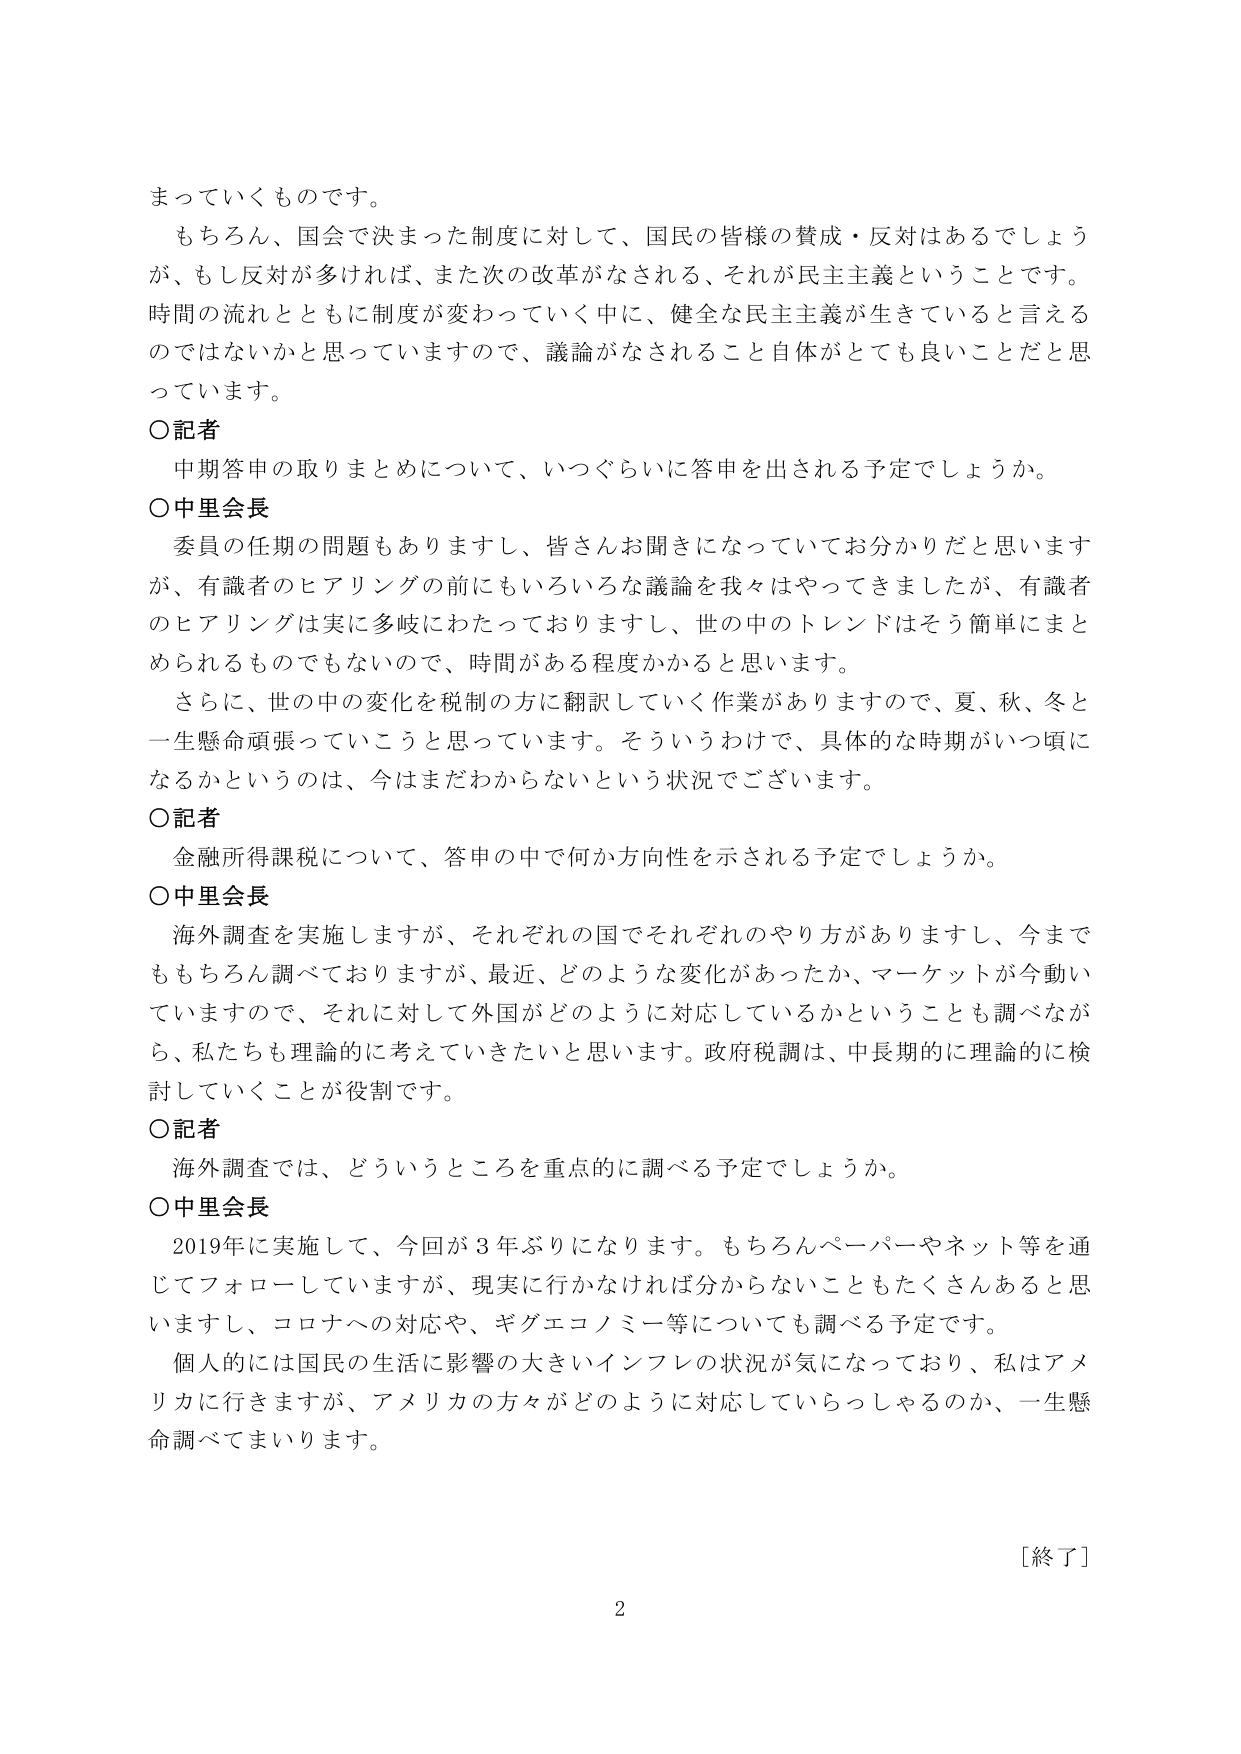
まっていくものです。
もちろん、国会で決まった制度に対して、国民の皆様の賛成・反対はあるでしょう
が、もし反対が多ければ、また次の改革がなされる、それが民主主義ということです。
時間の流れとともに制度が変わっていく中に、健全な民主主義が生きていると言える
のではないかと思っていますので、議論がなされること自体がとても良いことだと思
っています。
〇記者
中期答申の取りまとめについて、いつぐらいに答申を出される予定でしょうか。
〇中里会長
委員の任期の問題もありますし、皆さんお聞きになっていてお分かりだと思います
が、有識者のヒアリングの前にもいろいろな議論を我々はやってきましたが、有識者
のヒアリングは実に多岐にわたっておりますし、世の中のトレンドはそう簡単にまと
められるものでもないので、時間がある程度かかると思います。
さらに、世の中の変化を税制の方に翻訳していく作業がありますので、夏、秋、冬と
一生懸命頑張っていこうと思っています。そういうわけで、具体的な時期がいつ頃に
なるかというのは、今はまだわからないという状況でございます。
〇記者
金融所得課税について、答申の中で何か方向性を示される予定でしょうか。
〇中里会長
海外調査を実施しますが、それぞれの国でそれぞれのやり方がありますし、今まで
ももちろん調べておりますが、最近、どのような変化があったか、マーケットが今動い
ていますので、それに対して外国がどのように対応しているかということも調べなが
ら、私たちも理論的に考えていきたいと思います。政府税調は、中長期的に理論的に検
討していくことが役割です。
〇記者
海外調査では、どういうところを重点的に調べる予定でしょうか。
〇中里会長
2019年に実施して、今回が3年ぶりになります。もちろんペーパーやネット等を通
じてフォローしていますが、現実に行かなければ分からないこともたくさんあると思
いますし、コロナへの対応や、ギグエコノミー等についても調べる予定です。
個人的には国民の生活に影響の大きいインフレの状況が気になっており、私はアメ
リカに行きますが、アメリカの方々がどのように対応していらっしゃるのか、一生懸
命調べてまいります。
［終了］
2